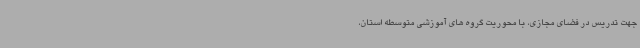
جهت تدریس در فضای مجازی، با محوریت گروه های آموزشی متوسطه استان،